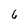
Character: 6